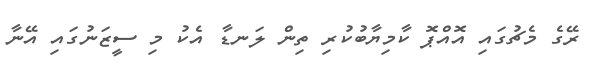
ރޭގެ މެޗުގައި އޮއްޕޮ ކާމިޔާބުކުރި ތިން ލަނޑާ އެކު މި ސީޒަނުގައި އޭނާ